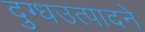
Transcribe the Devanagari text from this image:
दुग्धउत्पादने